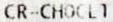
CR-CHOCLT